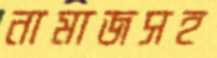
নামাজসহ